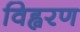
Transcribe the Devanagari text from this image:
विह्वरण